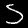
Digit: 5